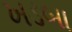
ખડબા